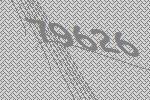
79626